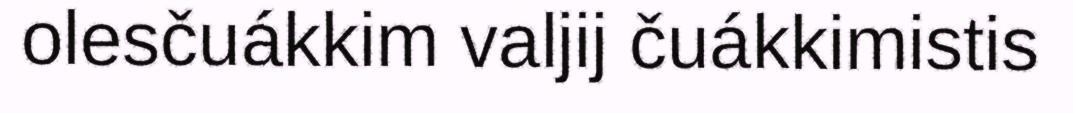
olesčuákkim valjij čuákkimistis